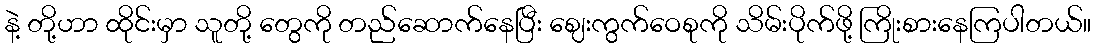
နဲ့ တို့ဟာ ထိုင်းမှာ သူတို့ တွေကို တည်ဆောက်နေပြီး ဈေးကွက်ဝေစုကို သိမ်းပိုက်ဖို့ ကြိုးစားနေကြပါတယ်။